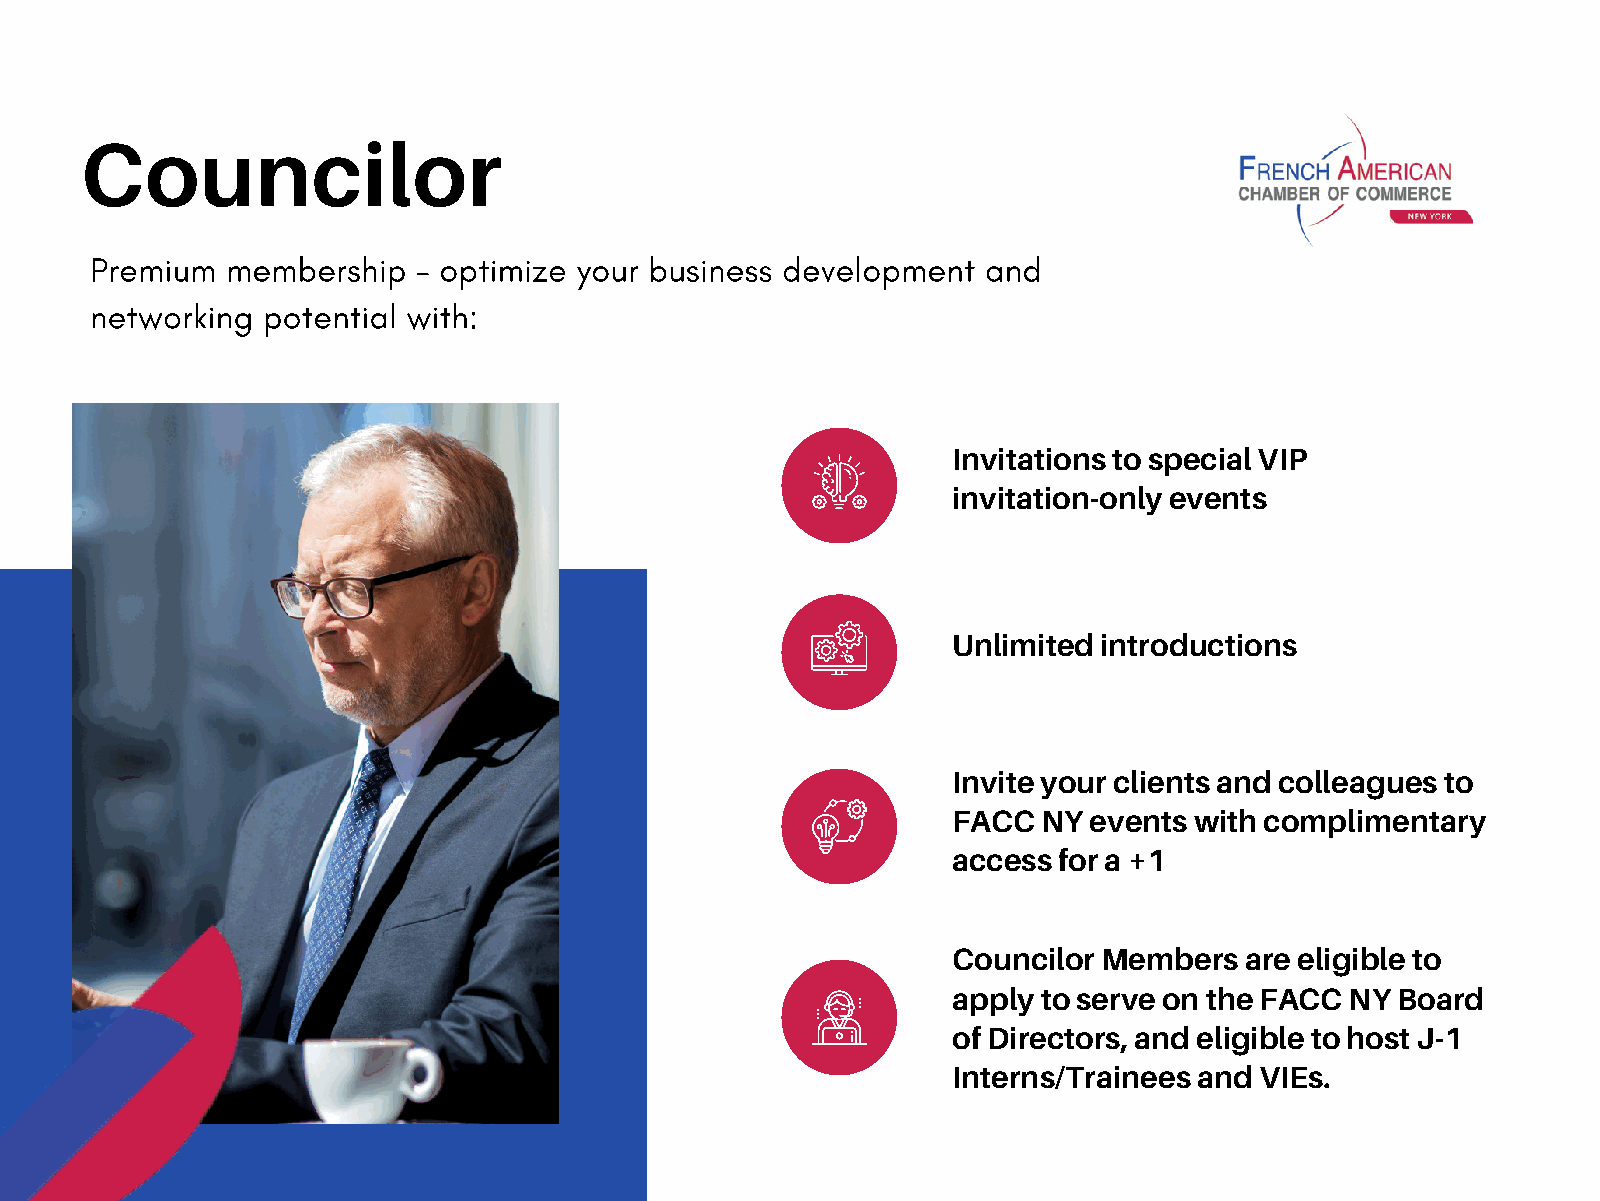
Councilor
 Premium  membership   – optimize your business development and
 networking potential with:
 Invitations to special VIP
 invitation-only events
 Unlimited introductions
 Invite your clients and colleagues to
 FACC  NY events with complimentary
 access for a +1
 Councilor Members  are eligible to
 apply to serve on the FACC NY Board
 of Directors, and eligible to host J-1
 Interns/Trainees and VIEs.